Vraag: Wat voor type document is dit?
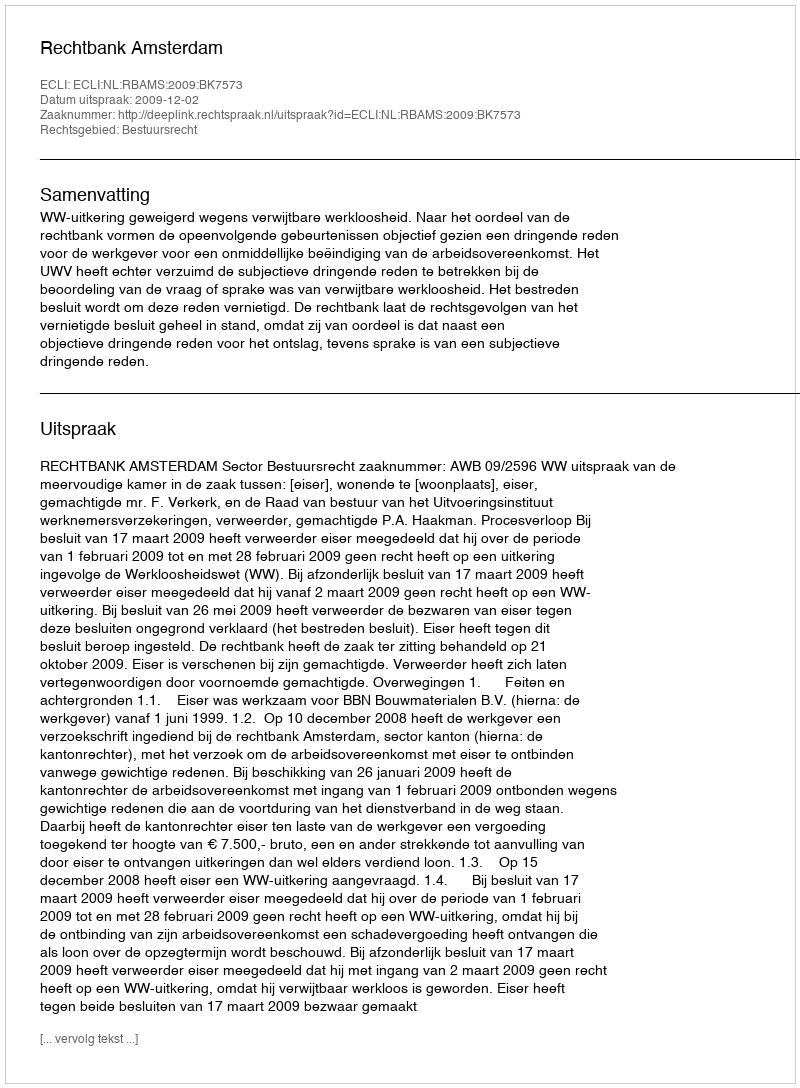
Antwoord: Uitspraak